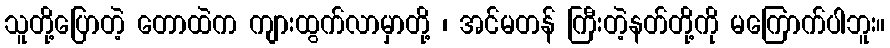
သူတို့ပြောတဲ့ တောထဲက ကျားထွက်လာမှာတို့ ၊ အင်မတန် ကြီးတဲ့နတ်တို့ကို မကြောက်ပါဘူး။